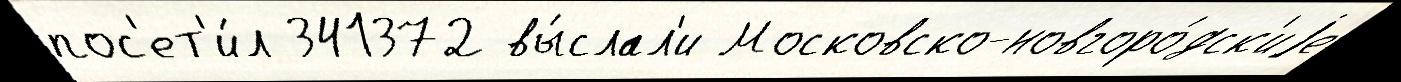
пос'ет'и́л 341372 вы́слал'и Московско-новгоро́дск'иjе